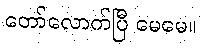
တော်လောက်ပြီ မေမေ။